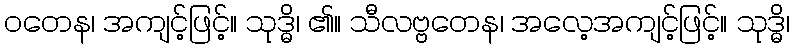
ဝတေန၊ အကျင့်ဖြင့်။ သုဒ္ဓိ၊ ၏။ သီလဗ္ဗတေန၊ အလေ့အကျင့်ဖြင့်။ သုဒ္ဓိ၊